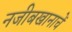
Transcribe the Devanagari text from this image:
नजीबखानाचें